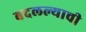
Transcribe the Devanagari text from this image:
बदलल्याची